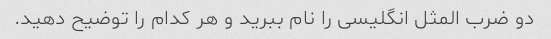
دو ضرب المثل انگلیسی را نام ببرید و هر کدام را توضیح دهید.